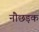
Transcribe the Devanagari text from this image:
नौछड़क